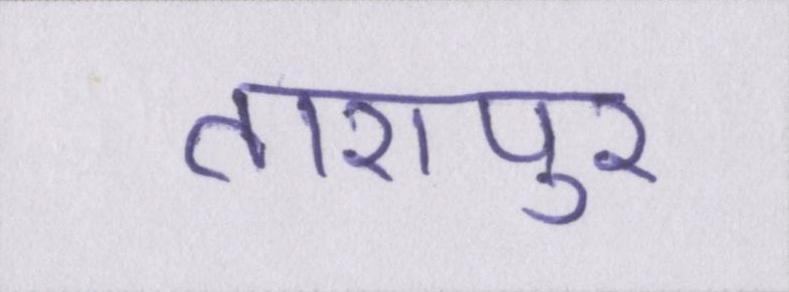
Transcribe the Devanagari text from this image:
तारापुर